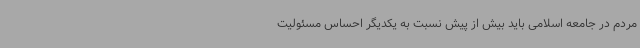
مردم در جامعه اسلامی باید بیش از پیش نسبت به یکدیگر احساس مسئولیت